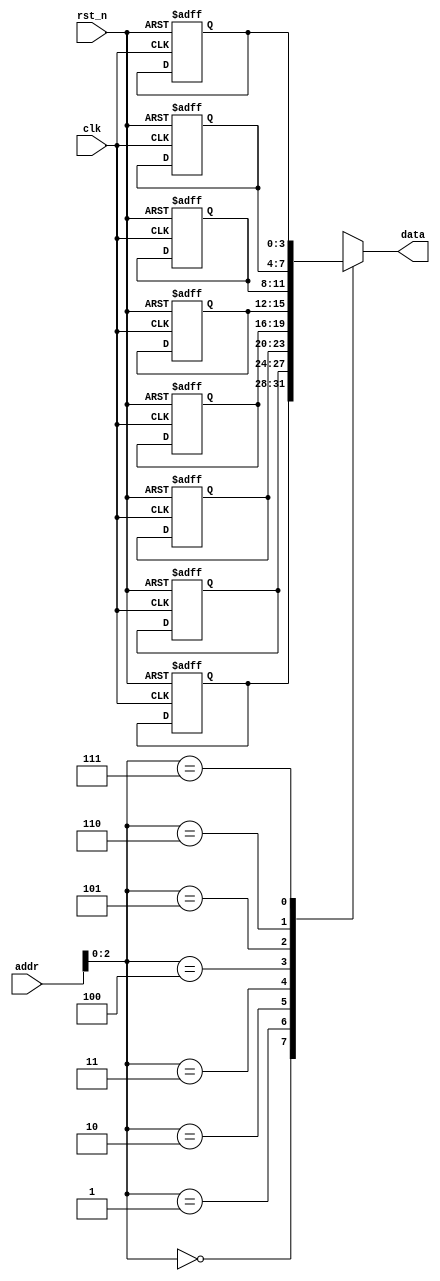
`timescale 1ns / 1ns
module rom (
    input clk,
    input rst_n,
    input [7:0] addr,  //addrbit8=>addr3bit

    output [3:0] data
);
    reg [3:0] data_rom[7:0];
    integer i;
    always @(posedge clk or negedge rst_n) begin
        if (!rst_n) begin
            for (i = 0; i < 8; i++) begin
                data_rom[i] <= i << 1;
            end
        end
    end

    assign data = data_rom[addr];
endmodule